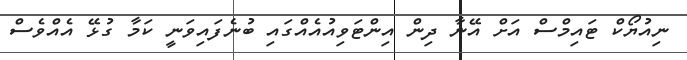
ނިއުޔޯކް ޓައިމްސް އަށް އޭނާ ދިން އިންޓަވިއުއެއްގައި ބުނެފައިވަނީ ކަމާ ގުޅޭ އެއްވެސް